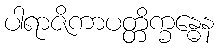
ပါရာဇိကာပတ္တိက္ခန္ဓေန